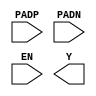
module GCLKBUF_DIFF (
	(* iopad_external_pin *)
	input PADP,
	(* iopad_external_pin *)
	input PADN,
	input EN,
	(* clkbuf_driver *)
	output Y
);
endmodule